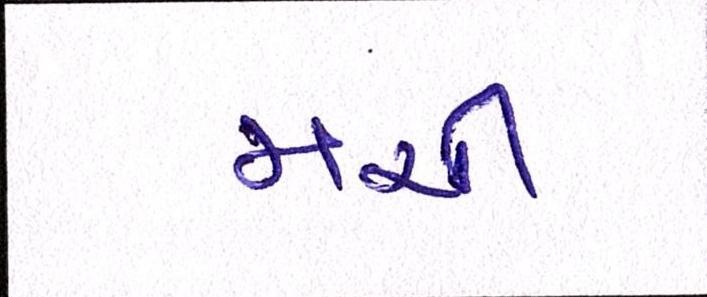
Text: મચી